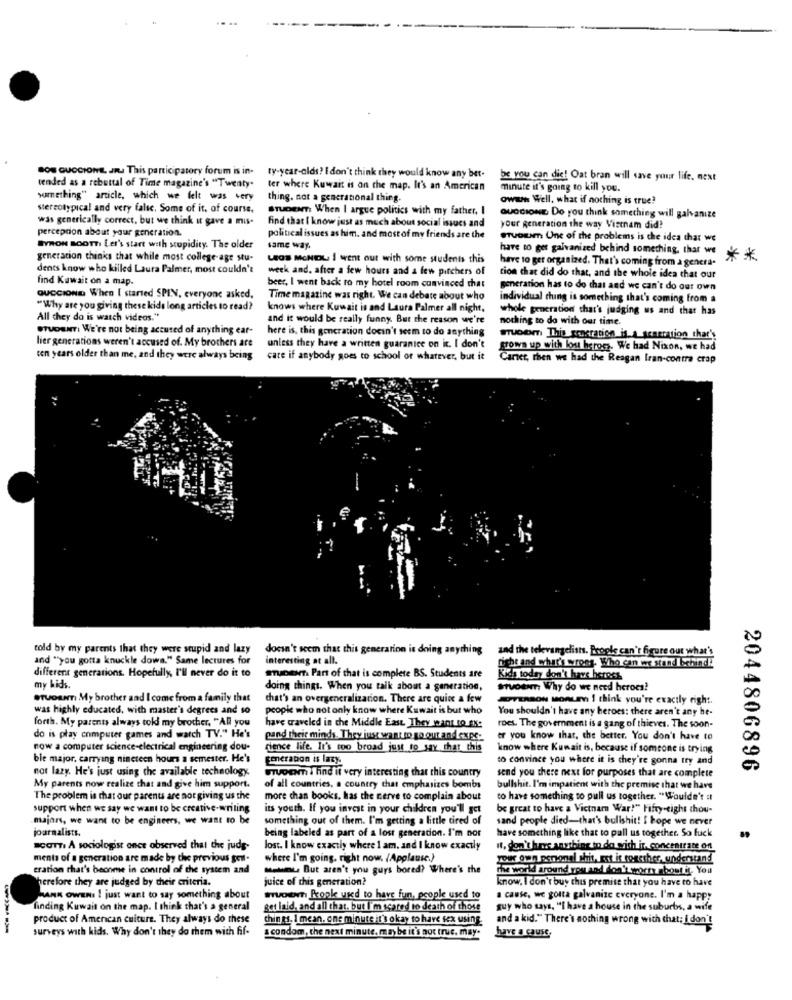
SON GUCCIONE, JR. This participatory forum is in-
ty-year-olds? I don't think they would know any bet-
be you can die! Oat bran will save your life. next
tended as a rebuttal of Time magazine's "Twenty.
ter where Kuwait is on the map. It's an American
minute it's going to kill you.
something" article, which we felt was very
thing. not a generational thing.
owww Well. what if nothing is true?
Stereotypical and very falsc. Some of it, of course.
STUDENTI When I argue politics with my father, I
was generically correct, but we think it gave a mis-
GUCCIONE Do you think something will galvanize
percepcion about your generation.
find that I know just as much about social issues and
your generation the way Vistam did?
political issues as him. and most of my friends are the
STUDIET: Une of the problems is the idea that we
BYRON BooTTI Let's start with stupidity. The older
same way.
have to get galvanized behind something, that we
generation thinks that while most college-age stu-
LEGS McHDL I went out with some students this
have to get organized. That's coming from a genera.
**
dents know who killed Laura Palmer, most couldn't
week and, after a few hours and a few pitchers of
find Kuwait on a map.
tion that did do that, and the whole idea that our
beer, I went back to my hotel room convinced that
generation has to do that and we can't do our own
GUCCIONE When I started SPIN, everyone asked,
Time magazine was right. We can debate about who
individual thing is something that's coming from a
"Why are you giving these kids long articles to read?
knows where Kuwait is and Laura Palmer all night,
whole generation that's judging us and that has
All they do is watch videos."
and it would be really funny. But the reason we're
nothing to do with our time.
STUDENT: We're not being accused of anything car-
here is, this generation docin't seem to do anything
hier generations weren't accused of. My brothers are
wruben This generation is A generation that's
unless they have a written guaranice on it. I don't
grown up with lou heromz. We had Nixon, we had
ten years older than me, and they were always being
care if anybody goes to school of whatever, but it
Carter, then we had the Reagan Iran-contra crap
told by my parents that they were stupid and lazy
doesn't seem that this generation is doing anything
and the televangelists. Prople can't figure out what's
and "you gotta knuckle down." Same lectures for
interesting at all.
fiche and what's wrong. Who can we stand behind!
different generations. Hopefully, I'll never do it to
srunewn Part of that is complete BS. Students are
Kids today don't have heroes
my kids.
doing things. When you talk about a generation,
STUDENT: Why do we need heroes?
eruosam My brother and I come from a family that
that's an overgeneralization. There are quise a few
AVERSON MORLEY I think you're exactly right.
was highly educated, with master's degrees and so
poopi who not only know where Kuwait is but who
You shouldn't have any heroes: there aren't any he-
forth. My parents always tok my brother, "All you
have traveled in the Middle East They want to EN:
roes. The government is a gang of thieves. The soon-
do is play computer games and watch TV." He's
pand their minds. They just want to go our and expe-
er you know that, the better, You don't have to
now a computer science-electrical engineering dou-
cience life. It's too broad just to say that this
know where Kuwait is, because if someone is trying
ble major, carrying nineteen hours a semester. He's
generation is lazy.
to convince you where it is they're gonna try and
not lazy. He's just using the available technology.
suocm i find it very interesting that this country
send you there next for purposes that are complete
2044806896
My parents now realize that and give him support.
of all countries, a country that emphasizes bombs
bullshit. I'm impatient with the premise that we have
The problem is that our parents are not giving us the
more chan books, has the cerve to complain about
to have something to pull us together. "Wouldn't :t
support when we say we want to be creative-writing
its youth. If you invest in your children you'll get
be great to have a Vietnam War!" Fifty-eight thou-
majors, we want to be engineers, we want to be
something out of them. I'm getting a little tired of
sand people died-that's bullshit! I bope we never
journalists.
being labeled as part of a losr generation. I'm nor
have something like that to pall us together. So fuck
SCOTTI A sociologist once observed that the judy-
lost. I know exactly where 1 am. and I know exactly
it, don't have anything to do with it. concentrate on
ments of a generation are made by the previous seil.
where I'm going. right now. (Applause.)
your own poronal shit, rot it together understand
eration that's beonme in control of the system and
www. But aren't you guys bored? Where's the
The world around you and don'tworry about it. You
herefore they are judged by their criteria.
juice of this generation?
know. I don't buy chis premise that you have to have
HANK OWENI I just want to say something about
wvuoiown kopke used to have fun, people used to
a cause, we gotta galvanize everyone. I'm a happy
finding Kuwait on the map. I think that's a general
get laid, and all that. but I'm scared to death of those
guy who says, "I have a house in the suburbs, a wife
product of American culture. They always do these
chines. I mean. one minute it's okay to have sex using
and a kid." There's nothing wrong with that; I don't
--
surveys with kids. Why don't they do them with fif.
a condom, the next minute. maybe it's not truc. may.
have a cause,